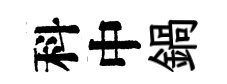
科中鍋